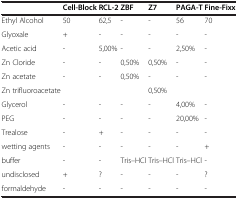
<table><thead><tr><td><b> </b></td><td><b>Cell-Block</b></td><td><b>RCL-2</b></td><td><b>ZBF</b></td><td><b>Z7</b></td><td><b>PAGA-T</b></td><td><b>Fine-Fixx</b></td></tr></thead><tbody><tr><td>Ethyl Alcohol</td><td>50</td><td>62,5</td><td>-</td><td>-</td><td>56</td><td>70</td></tr><tr><td>Glyoxale</td><td>+</td><td>-</td><td>-</td><td>-</td><td>-</td><td>-</td></tr><tr><td>Acetic acid</td><td>-</td><td>5,00%</td><td>-</td><td>-</td><td>2,50%</td><td>-</td></tr><tr><td>Zn Cloride</td><td>-</td><td>-</td><td>0,50%</td><td>0,50%</td><td>-</td><td>-</td></tr><tr><td>Zn acetate</td><td>-</td><td>-</td><td>0,50%</td><td>-</td><td>-</td><td>-</td></tr><tr><td>Zn trifluoroacetate</td><td> </td><td> </td><td> </td><td>0,50%</td><td> </td><td> </td></tr><tr><td>Glycerol</td><td>-</td><td>-</td><td>-</td><td>-</td><td>4,00%</td><td>-</td></tr><tr><td>PEG</td><td>-</td><td>-</td><td>-</td><td>-</td><td>20,00%</td><td>-</td></tr><tr><td>Trealose</td><td>-</td><td>+</td><td>-</td><td>-</td><td>-</td><td>-</td></tr><tr><td>wetting agents</td><td>-</td><td>-</td><td>-</td><td>-</td><td>-</td><td>+</td></tr><tr><td>buffer</td><td>-</td><td>-</td><td>Tris–HCl</td><td>Tris–HCl</td><td>Tris–HCl</td><td>-</td></tr><tr><td>undisclosed</td><td>+</td><td>?</td><td>-</td><td>-</td><td>-</td><td>?</td></tr><tr><td>formaldehyde</td><td>-</td><td>-</td><td>-</td><td>-</td><td>-</td><td>-</td></tr></tbody></table>